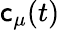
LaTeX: \mathsf{c}_{\mu}(t)